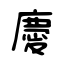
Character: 慶